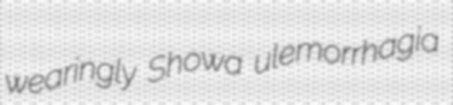
wearingly Showa ulemorrhagia